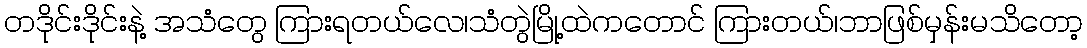
တဒိုင်းဒိုင်းနဲ့ အသံတွေ ကြားရတယ်လေ၊သံတွဲမြို့ထဲကတောင် ကြားတယ်၊ဘာဖြစ်မှန်းမသိတော့